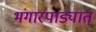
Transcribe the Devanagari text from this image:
भंगारपाड्यात